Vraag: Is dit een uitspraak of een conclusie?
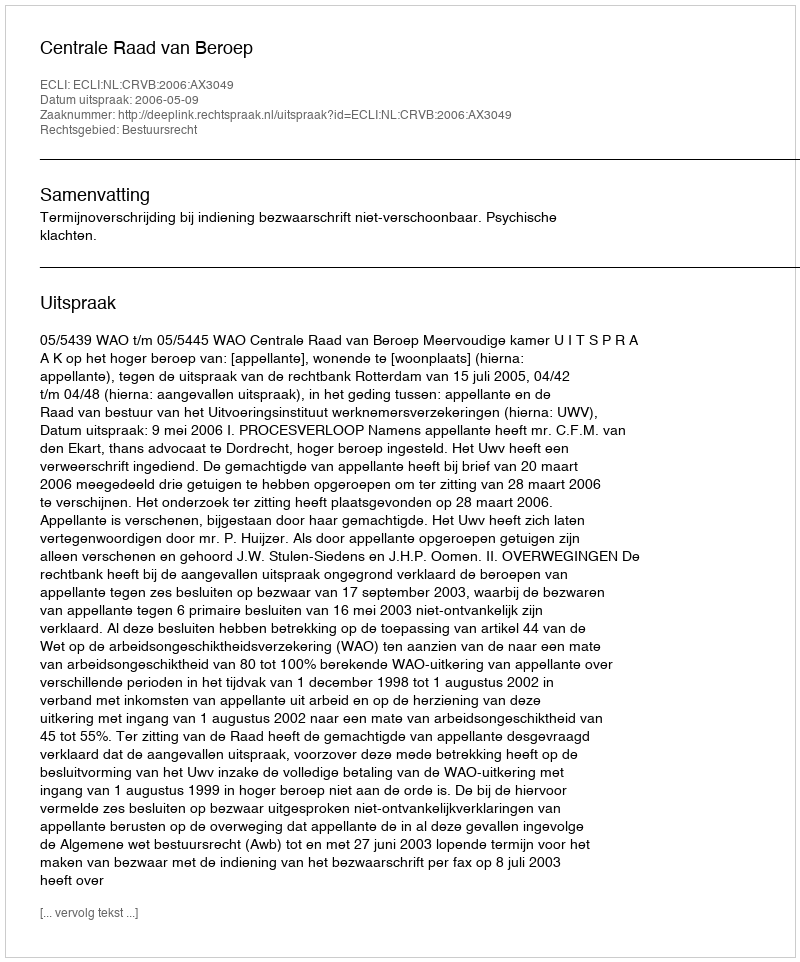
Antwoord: Uitspraak